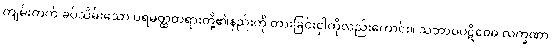
ကျမ်းတက် ခပ်သိမ်းသော ပရမတ္ထတရားတို့၏နည်းကို တားခြင်းငှါကိုလည်းကောင်း။ သဘာဝပဋိဝေဓ လက္ခဏာ